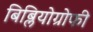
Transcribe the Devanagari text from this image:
बिब्लियोग्रोफी